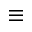
\equiv